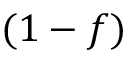
( 1 - f )